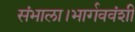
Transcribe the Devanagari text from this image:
संभाला।भार्गववंशी